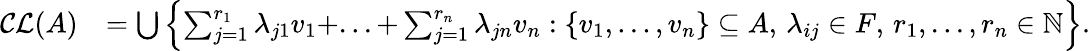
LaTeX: \begin{array}{rl}{\mathcal{CL}(A)}&{=\bigcup\left\lbrace\sum_{j=1}^{r_{1}}\lambda_{j1}v_{1}+...+\sum_{j=1}^{r_{n}}\lambda_{jn}v_{n}:\{ v_{1},...,v_{n}\} \subseteq A,\, \lambda_{ij}\in F,\, r_{1},...,r_{n}\in\mathbb N\right\rbrace.}\end{array}